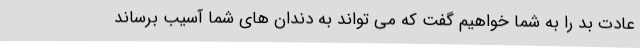
عادت بد را به شما خواهیم گفت که می تواند به دندان های شما آسیب برساند